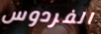
الفردوس